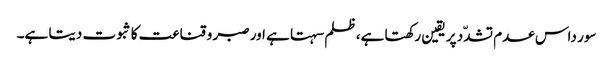
سور داس عدم تشدّد پر یقین رکھتا ہے، ظلم سہتا ہے اور صبر و قناعت کا ثبوت دیتا ہے۔